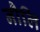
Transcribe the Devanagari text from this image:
नौलि